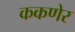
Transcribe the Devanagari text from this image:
ककणेर